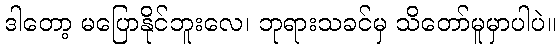
ဒါတော့ မပြောနိုင်ဘူးလေ၊ ဘုရားသခင်မှ သိတော်မူမှာပါပဲ။